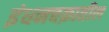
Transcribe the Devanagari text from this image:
इंधनचक्रातील